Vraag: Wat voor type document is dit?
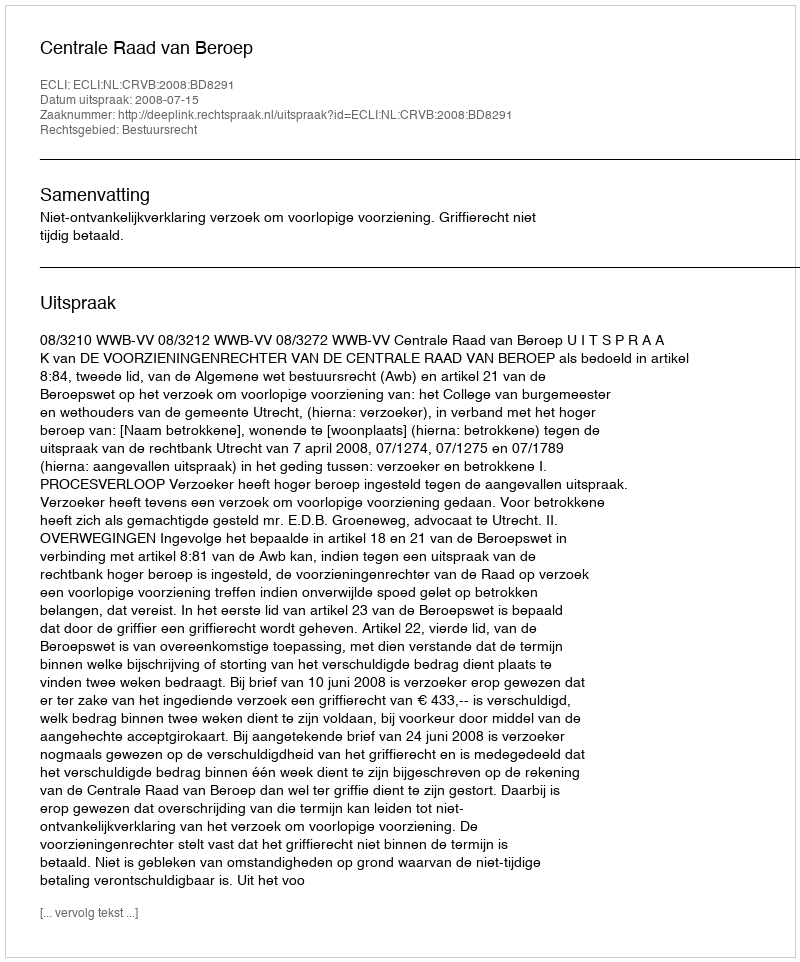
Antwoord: Uitspraak